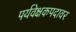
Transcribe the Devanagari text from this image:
पर्यवेक्षकपदावर